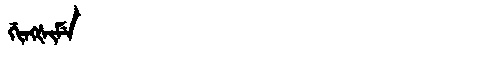
Manchu: ᡤᡳᠩᡧᡳᠮᡝ
Romanization: GINGŠIME